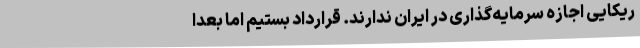
ریکایی اجازه سرمایه‌گذاری در ایران ندارند. قرارداد بستیم اما بعداً